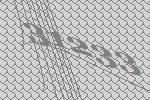
31233